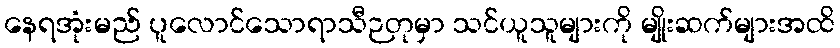
နေရအုံးမည် ပူလောင်သောရာသီဉတုမှာ သင်ယူသူများကို မျိုးဆက်များအထိ